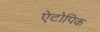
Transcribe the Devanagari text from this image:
ऐटोपिक